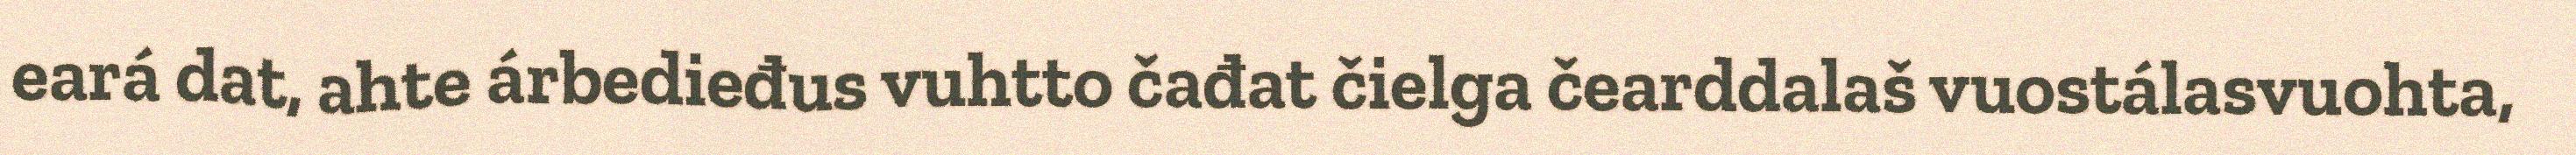
eará dat, ahte árbedieđus vuhtto čađat čielga čearddalaš vuostálasvuohta,